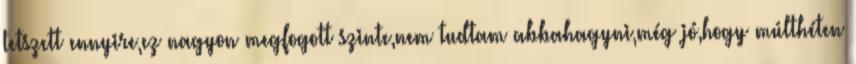
tetszett ennyire,ez nagyon megfogott szinte,nem tudtam abbahagyni,még jó,hogy múlthéten